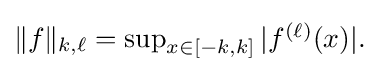
{\textstyle \|f\|_{k,\ell }=\sup _{x\in [-k,k]}|f^{(\ell )}(x)|.}